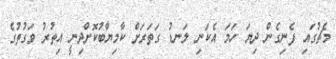
މެޗުގައި ފެނިގެން ދިޔަ ހަމަ އެކަނި ލަނޑު ގަތަރަށް ކާމިޔާބުކޮށްދިނީ އިތުރު ވަގުތުގެ